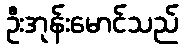
ဦးအုန်းမောင်သည်